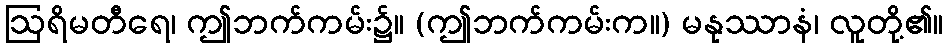
ဩရိမတီရေ၊ ဤဘက်ကမ်း၌။ (ဤဘက်ကမ်းက။) မနုဿာနံ၊ လူတို့၏။